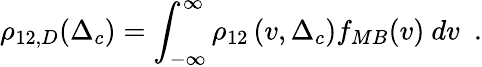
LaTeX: \rho_{12,D}(\Delta_{c})=\int_{-\infty}^{\infty}\rho_{12}\left(v,\Delta_{c}\right)f_{MB}(v)~dv\, \, \, .